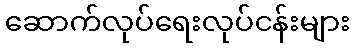
ဆောက်လုပ်ရေးလုပ်ငန်းများ